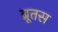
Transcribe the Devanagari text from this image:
ब्रूतस